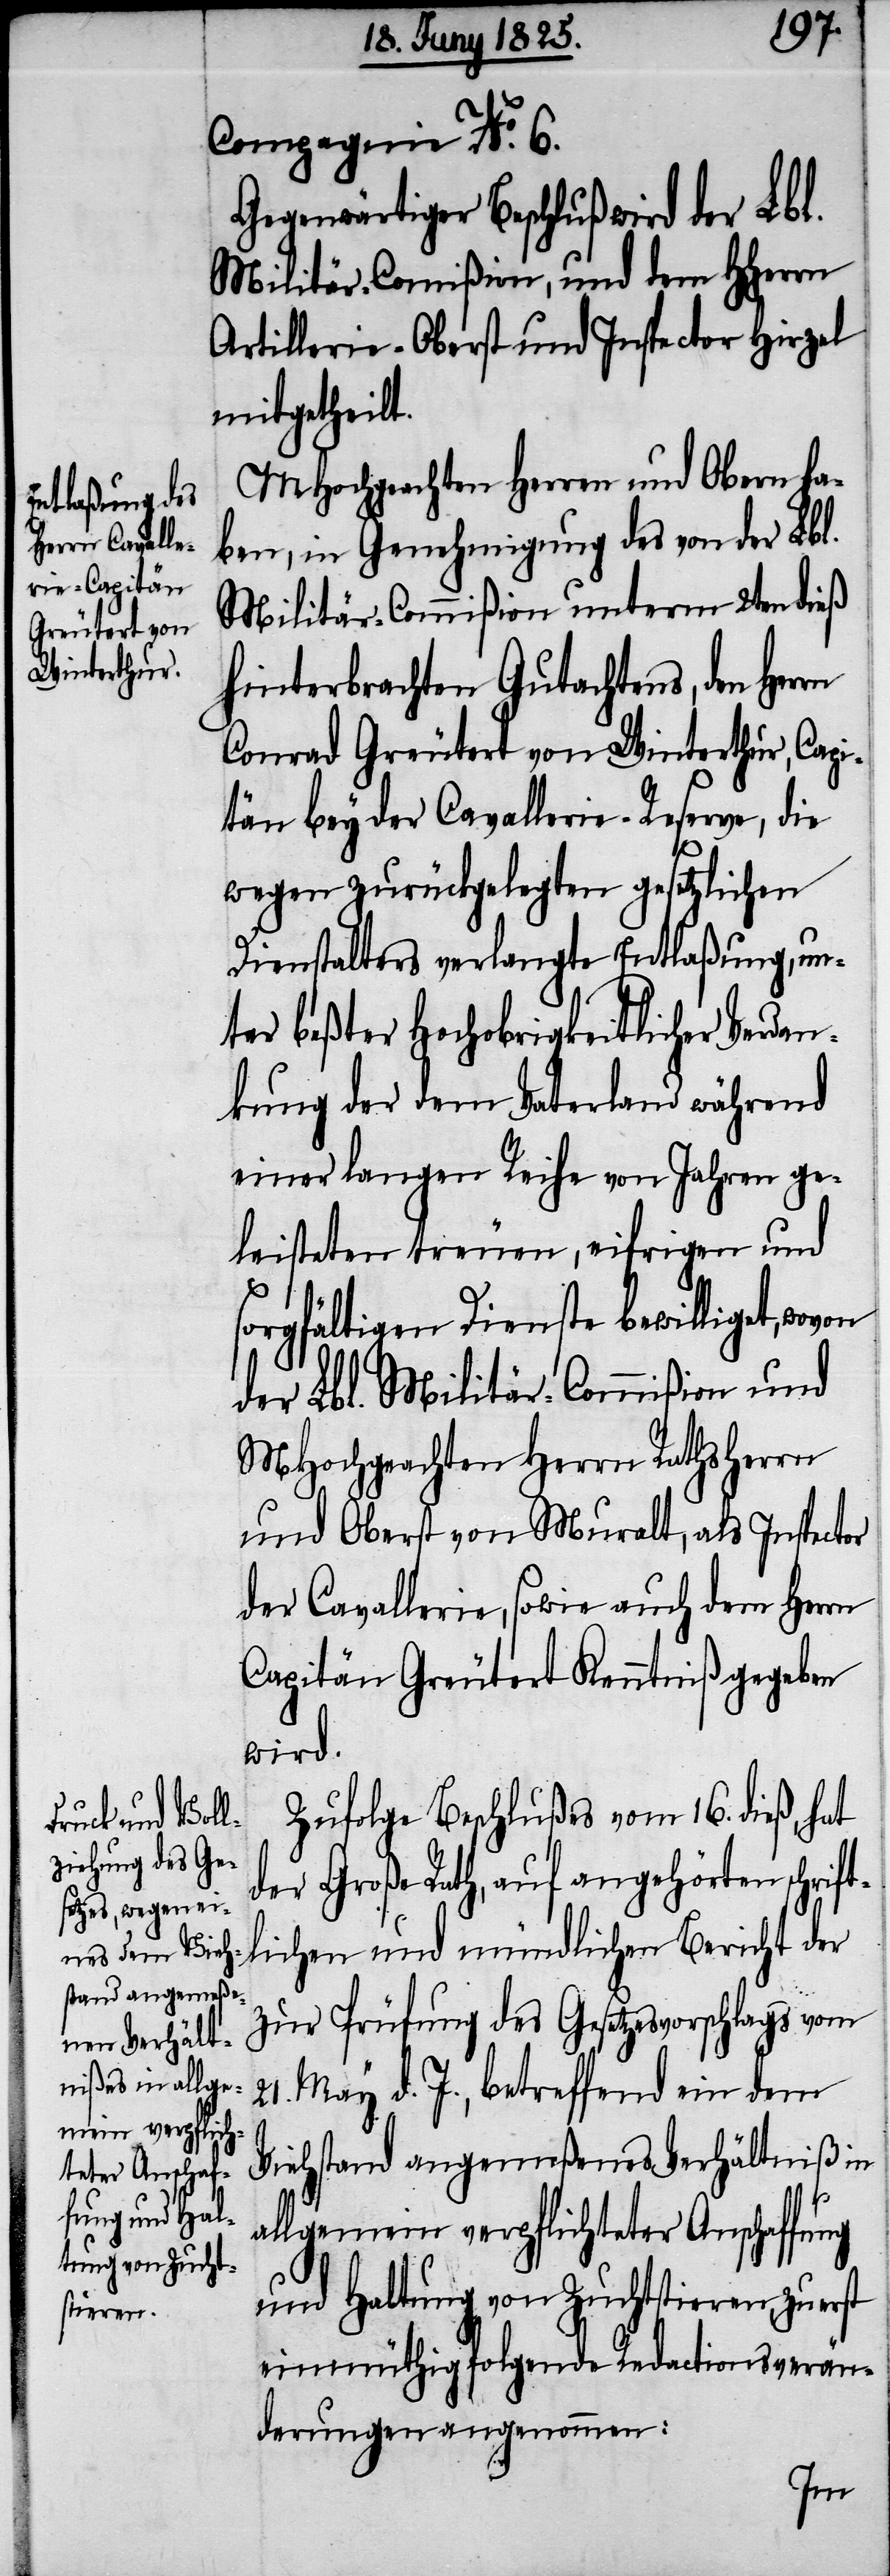
Compagnie No. 6.
Gegenwärtiger Beschluß wird der Lbl.
Militär-Commißion, und dem HHerrn
Artillerie-Oberst und Inspector Hirzel
mitgetheilt.
MHochgeachten Herren und Obern ha¬
ben, in Genehmigung des von der Lbl.
Militär-Commißion unterm 2ten dieß
hinterbrachten Gutachtens, den Her¬
Conrad Greutert von Winterthur, Capi¬
tän bey der Cavallerie-Reserve, die
wegen zurückgelegten gesetzlichen
Dienstalters verlangte Entlaßung, un¬
ter beßter Hochobrigkeitlicher Verda¬
nkung der dem Vaterland während
einer langen Reihe von Jahren ge¬
leisteten treuen, eifrigen und
sorgfältigen Dienste bewilligt, wovon
der Lbl. Militär-Commißion und
MHochgeachten Herrn Rathsherrn
und Oberst von Muralt, als Inspector
der Cavallerie, sowie auch dem Herrn
Capitän Greutert Kenntniß gegeben
wird.
Zufolge Beschlußes vom 16. dieß, hat
chen und mündl¬
der Große Rath, auf angehörten schrift¬
zur Prüfung des Gesetzesvorschlags vom
21. May d. J., betreffend ein dem
ichen Bericht
Viehstand angemeßenes Verhältniß in
fung und Hal¬
allgemein verpflichteter Anschaf¬
tung von Zucht¬
stieren,
einmüthig folgende Redactionsverän¬
derungen angenommen:

li¬